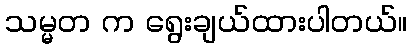
သမ္မတ က ရွေးချယ်ထားပါတယ်။